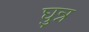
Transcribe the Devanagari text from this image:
घुन्न